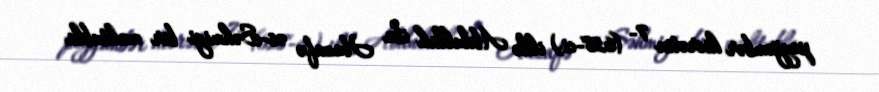
peyğəmbər hicrətin 7- (628-ci) ildə Abdullah ibn Huzafə əs-Səhmiyi bir məktubla